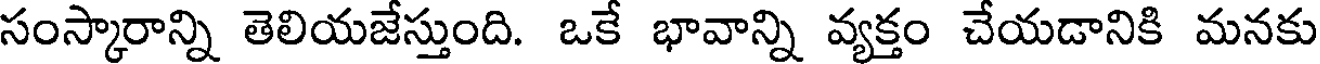
సంస్కారాన్ని తెలియజేస్తుంది. ఒకే భావాన్ని వ్యక్తం చేయడానికి మనకు